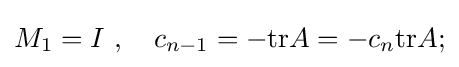
M_{1}=I~,\quad c_{n-1}=-\mathrm {tr} A=-c_{n}\mathrm {tr} A;